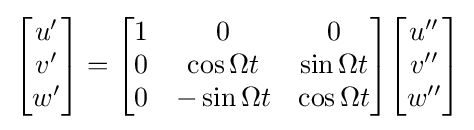
{\begin{bmatrix}u'\\v'\\w'\end{bmatrix}}={\begin{bmatrix}1&0&0\\0&\cos \Omega t&\sin \Omega t\\0&-\sin \Omega t&\cos \Omega t\end{bmatrix}}{\begin{bmatrix}u''\\v''\\w''\end{bmatrix}}